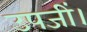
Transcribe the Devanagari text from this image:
उपजीं।